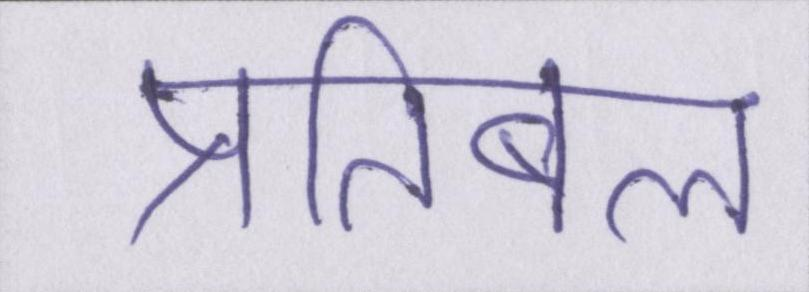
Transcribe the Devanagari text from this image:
प्रतिबल